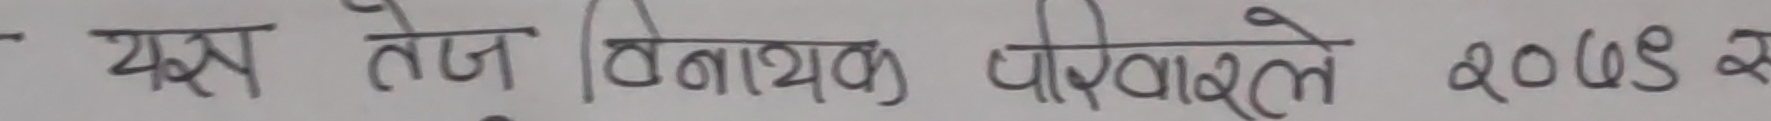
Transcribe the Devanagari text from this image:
यस तेज बिनायक परिवारले २०७९ से